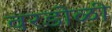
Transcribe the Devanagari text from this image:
वरडोळी